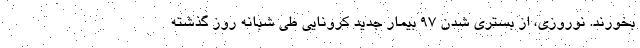
بخورند. نوروزی، از بستری شدن ۹۷ بیمار جدید کرونایی طی شبانه روز گذشته